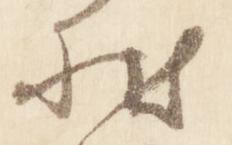
状